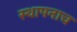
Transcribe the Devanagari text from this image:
स्थापनाच